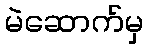
မဲဆောက်မှ